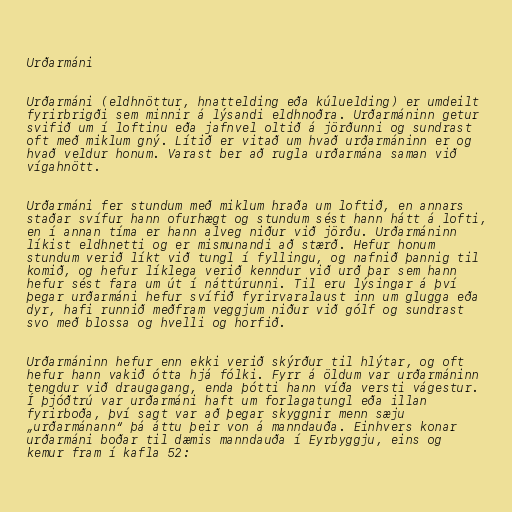
Urðarmáni

Urðarmáni (eldhnöttur, hnattelding eða kúluelding) er umdeilt
fyrirbrigði sem minnir á lýsandi eldhnoðra. Urðarmáninn getur
svifið um í loftinu eða jafnvel oltið á jörðunni og sundrast
oft með miklum gný. Lítið er vitað um hvað urðarmáninn er og
hvað veldur honum. Varast ber að rugla urðarmána saman við
vígahnött.

Urðarmáni fer stundum með miklum hraða um loftið, en annars
staðar svífur hann ofurhægt og stundum sést hann hátt á lofti,
en í annan tíma er hann alveg niður við jörðu. Urðarmáninn
líkist eldhnetti og er mismunandi að stærð. Hefur honum
stundum verið líkt við tungl í fyllingu, og nafnið þannig til
komið, og hefur líklega verið kenndur við urð þar sem hann
hefur sést fara um út í náttúrunni. Til eru lýsingar á því
þegar urðarmáni hefur svífið fyrirvaralaust inn um glugga eða
dyr, hafi runnið meðfram veggjum niður við gólf og sundrast
svo með blossa og hvelli og horfið.

Urðarmáninn hefur enn ekki verið skýrður til hlýtar, og oft
hefur hann vakið ótta hjá fólki. Fyrr á öldum var urðarmáninn
tengdur við draugagang, enda þótti hann víða versti vágestur.
Í þjóðtrú var urðarmáni haft um forlagatungl eða illan
fyrirboða, því sagt var að þegar skyggnir menn sæju
„urðarmánann“ þá áttu þeir von á manndauða. Einhvers konar
urðarmáni boðar til dæmis manndauða í Eyrbyggju, eins og
kemur fram í kafla 52: